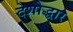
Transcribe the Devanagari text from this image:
देशोद्धार